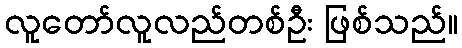
လူတော်လူလည်တစ်ဦး ဖြစ်သည်။